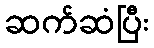
ဆက်ဆံပြီး